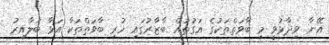
އޭނާ ވިދާޅުވީ މި ބާވަތްތަކުގެ އަގުތައް ބާޒާރުގައި ހުރި ބާވަތްތަކާ އަޅާ ބަލާއިރު